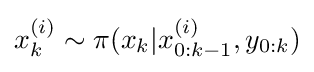
x_{k}^{(i)}\sim \pi (x_{k}|x_{0:k-1}^{(i)},y_{0:k})